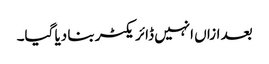
بعد ازاں انہیں ڈائر یکٹر بنا دیا گیا۔